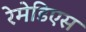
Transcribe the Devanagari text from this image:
रेमेडिएस